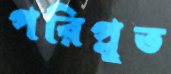
পরিপ্লুত